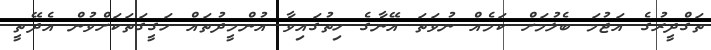
ތަގްދީރުގެ އަޖުމަ ބެލުމަށް ކަމެއް ނުވަތަ އޭނާގެ ހިތުގައިވާ އުންމީދުތައް ހަގީގަތަކަށްވުން އެދޭތީ